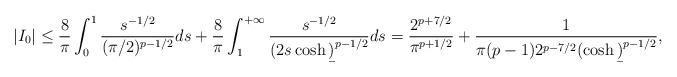
LaTeX: \begin{align*} |I_0|\le {8\over\pi}\int_0^1{s^{-1/2}\over(\pi/2)^{p-1/2}}ds+{8\over\pi}\int_1^{+\infty}{s^{-1/2}\over(2s\cosh \b)^{p-1/2}}ds ={2^{p+7/2}\over\pi^{p+1/2}}+{1\over\pi(p-1)2^{p-7/2}(\cosh \b)^{p-1/2}},\end{align*}